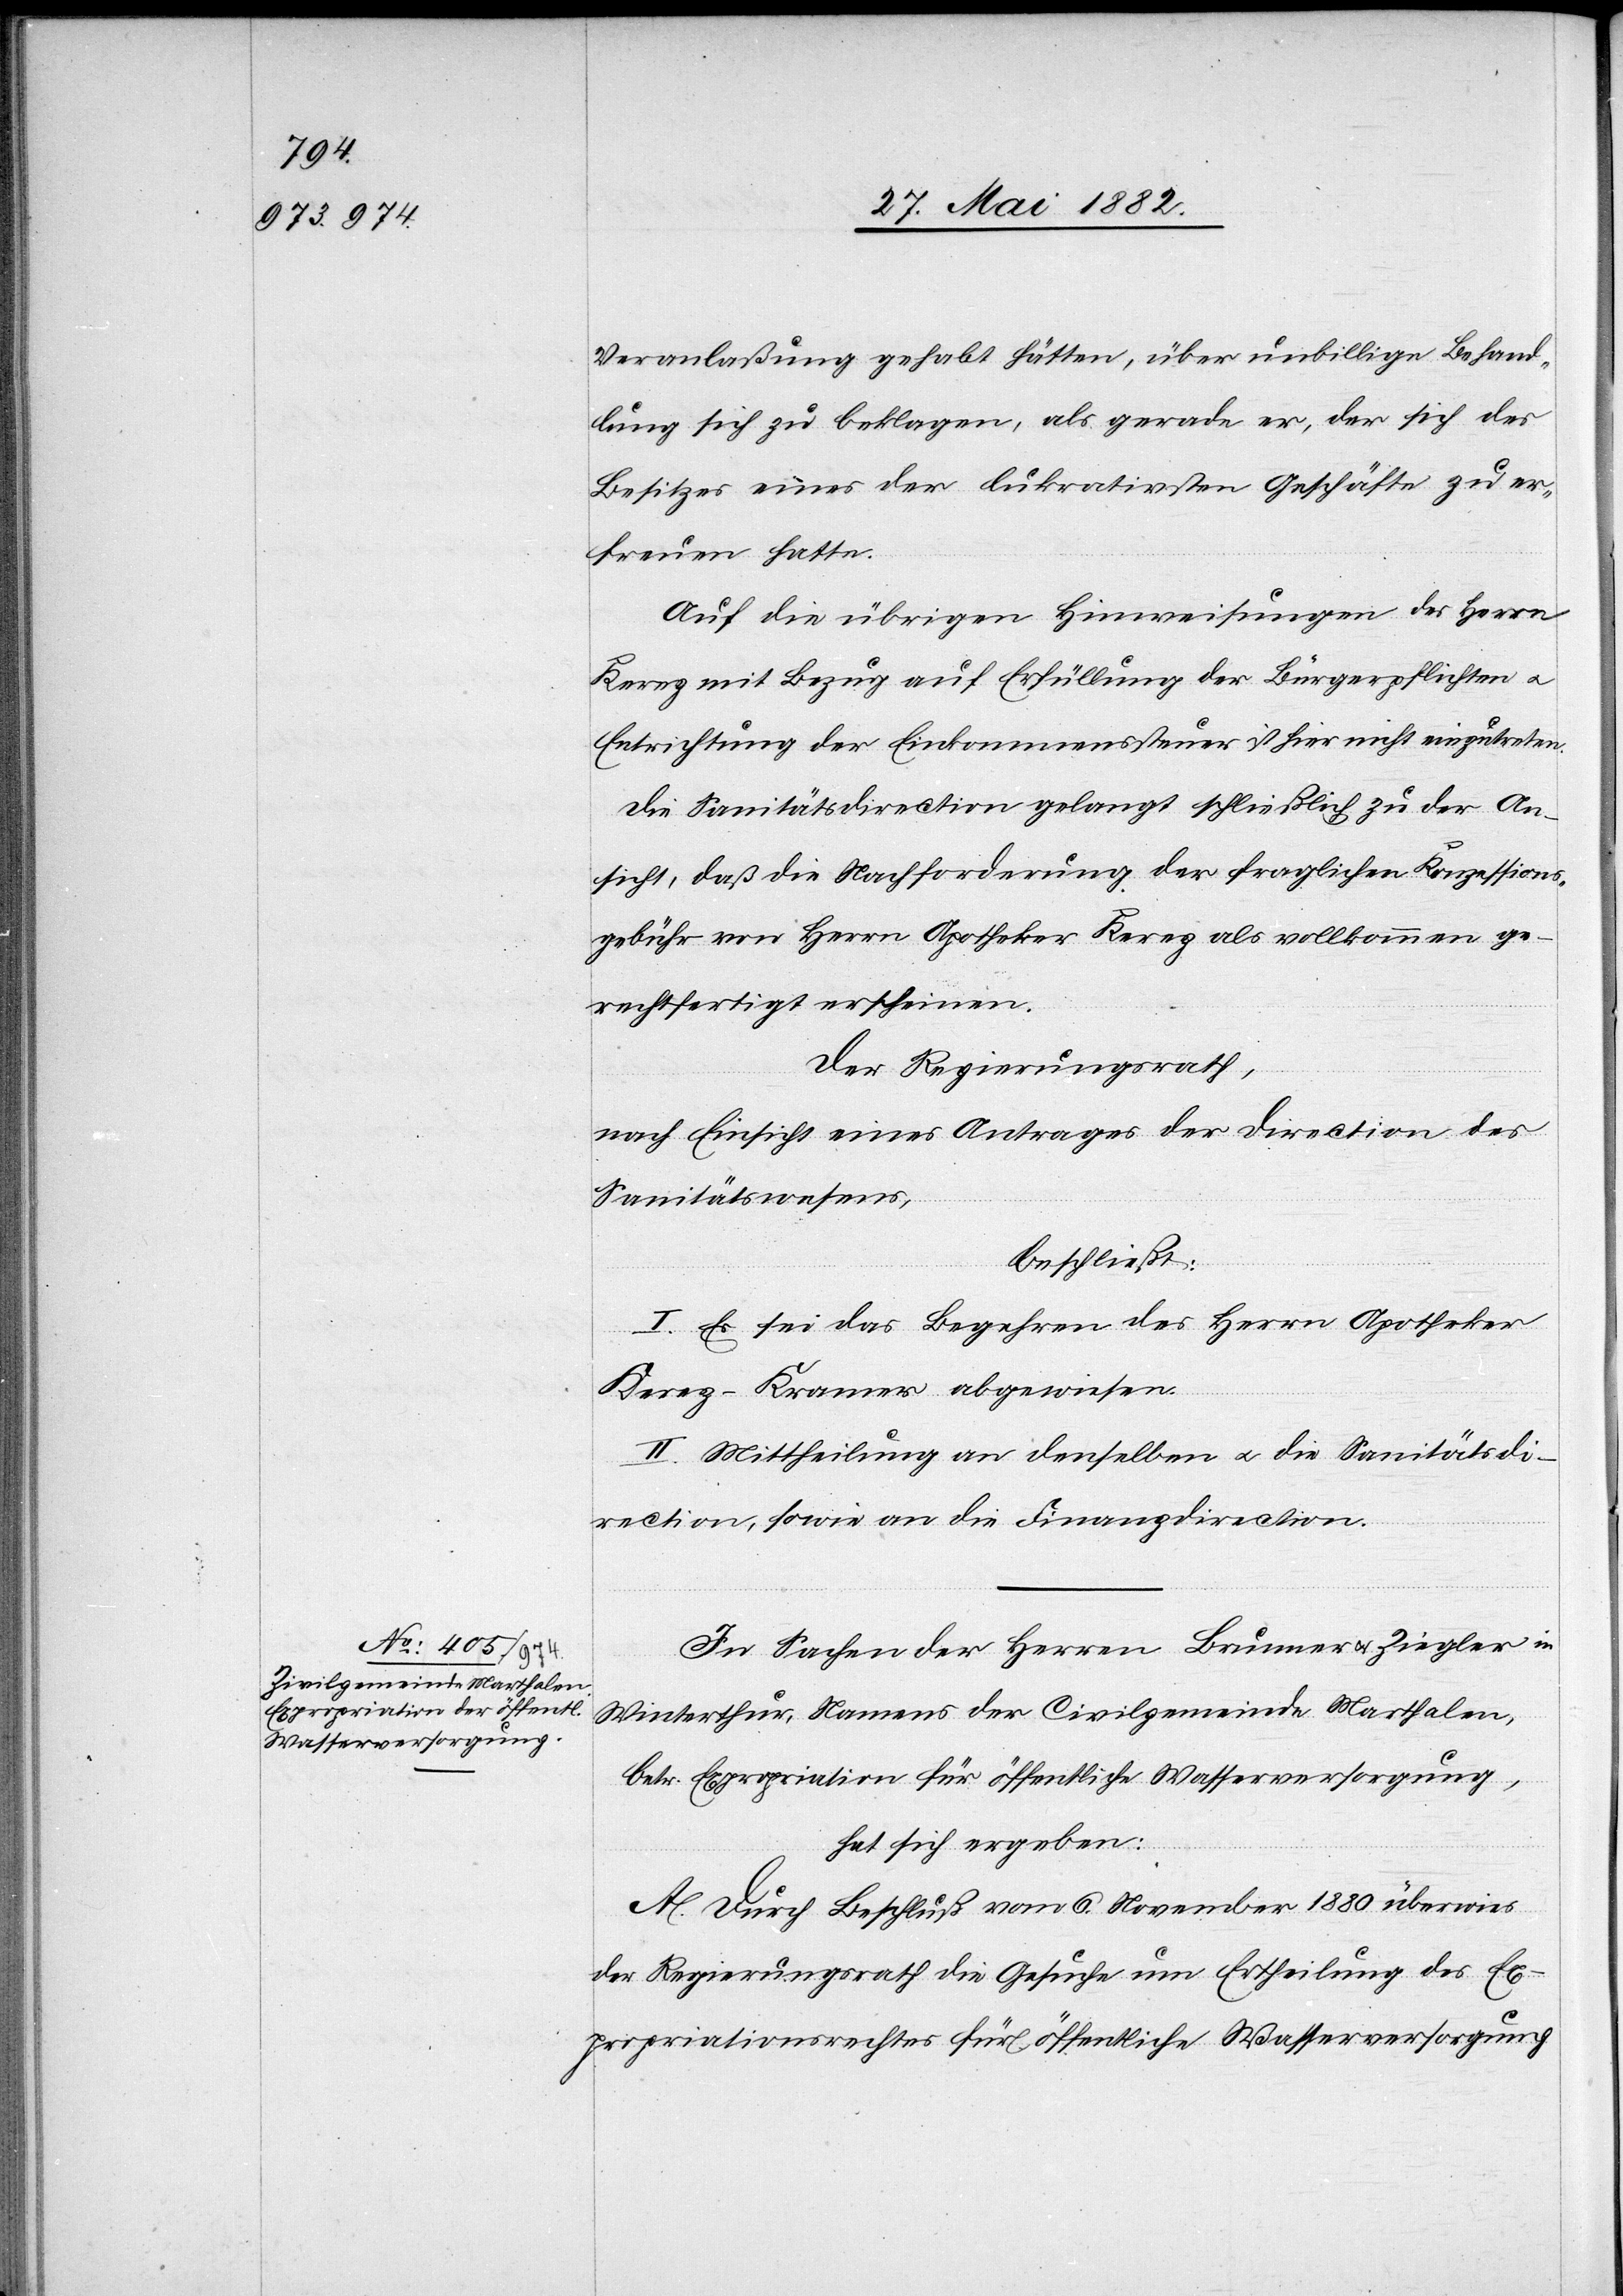
Veranlaßung gehabt hätten, über unbillige Behand¬
lung sich zu beklagen, als gerade er, der sich des
Besitzes eines der lukrativsten Geschäfte zu er¬
freuen hatte.
Auf die übrigen Hinweisungen des Herrn
Kerez mit Bezug auf Erfüllung der Bürgerpflichten u.
Entrichtung der Einkommenssteuer ist hier nicht einzutreten.
Die Sanitätsdirection gelangt schließlich zu der An¬
sicht, daß die Nachforderung der fraglichen Konzessions¬
gebühr von Herrn Apotheker Kerez als vollkommen ge¬
rechtfertigt erscheine.
Der Regierungsrath,
nach Einsicht eines Antrages der Direction des
Sanitätswesens,
beschließt:
I. Es sei das Begehren des Herrn Apotheker
II. Mittheilung an denselben u. die Sanitätsdi¬
rection, sowie an die Finanzdirection.
In Sachen der Herren Brunner u. Ziegler in
Winterthur, Namens der Civilgemeinde Marthalen,
betr. Expropriation für öffentliche Wasserversorgung,
hat sich ergeben:
A. Durch Beschluß vom 6. November 1880 überwies
der Regierungsrath die Gesuche um Ertheilung des Ex¬
propriationsrechtes für öffentliche Wasserversorgung